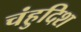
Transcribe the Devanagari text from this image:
चंहुदिश